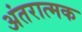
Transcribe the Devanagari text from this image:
अंतरात्मक